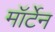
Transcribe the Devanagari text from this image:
मॉर्टेन